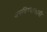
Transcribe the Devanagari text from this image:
बनविण्याकामी